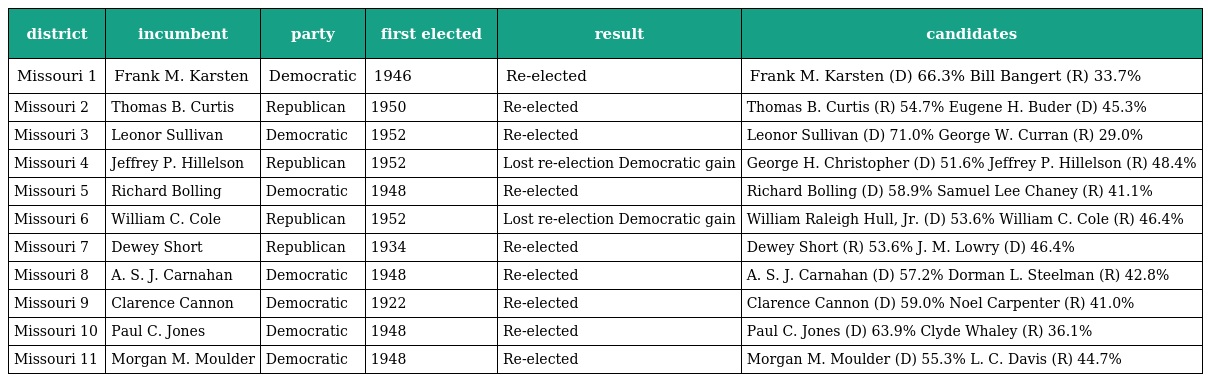
| district | incumbent | party | first elected | result | candidates |
 | --- | --- | --- | --- | --- | --- |
 | Missouri 1 | Frank M. Karsten | Democratic | 1946 | Re-elected | Frank M. Karsten (D) 66.3% Bill Bangert (R) 33.7% |
 | Missouri 2 | Thomas B. Curtis | Republican | 1950 | Re-elected | Thomas B. Curtis (R) 54.7% Eugene H. Buder (D) 45.3% |
 | Missouri 3 | Leonor Sullivan | Democratic | 1952 | Re-elected | Leonor Sullivan (D) 71.0% George W. Curran (R) 29.0% |
 | Missouri 4 | Jeffrey P. Hillelson | Republican | 1952 | Lost re-election Democratic gain | George H. Christopher (D) 51.6% Jeffrey P. Hillelson (R) 48.4% |
 | Missouri 5 | Richard Bolling | Democratic | 1948 | Re-elected | Richard Bolling (D) 58.9% Samuel Lee Chaney (R) 41.1% |
 | Missouri 6 | William C. Cole | Republican | 1952 | Lost re-election Democratic gain | William Raleigh Hull, Jr. (D) 53.6% William C. Cole (R) 46.4% |
 | Missouri 7 | Dewey Short | Republican | 1934 | Re-elected | Dewey Short (R) 53.6% J. M. Lowry (D) 46.4% |
 | Missouri 8 | A. S. J. Carnahan | Democratic | 1948 | Re-elected | A. S. J. Carnahan (D) 57.2% Dorman L. Steelman (R) 42.8% |
 | Missouri 9 | Clarence Cannon | Democratic | 1922 | Re-elected | Clarence Cannon (D) 59.0% Noel Carpenter (R) 41.0% |
 | Missouri 10 | Paul C. Jones | Democratic | 1948 | Re-elected | Paul C. Jones (D) 63.9% Clyde Whaley (R) 36.1% |
 | Missouri 11 | Morgan M. Moulder | Democratic | 1948 | Re-elected | Morgan M. Moulder (D) 55.3% L. C. Davis (R) 44.7% |